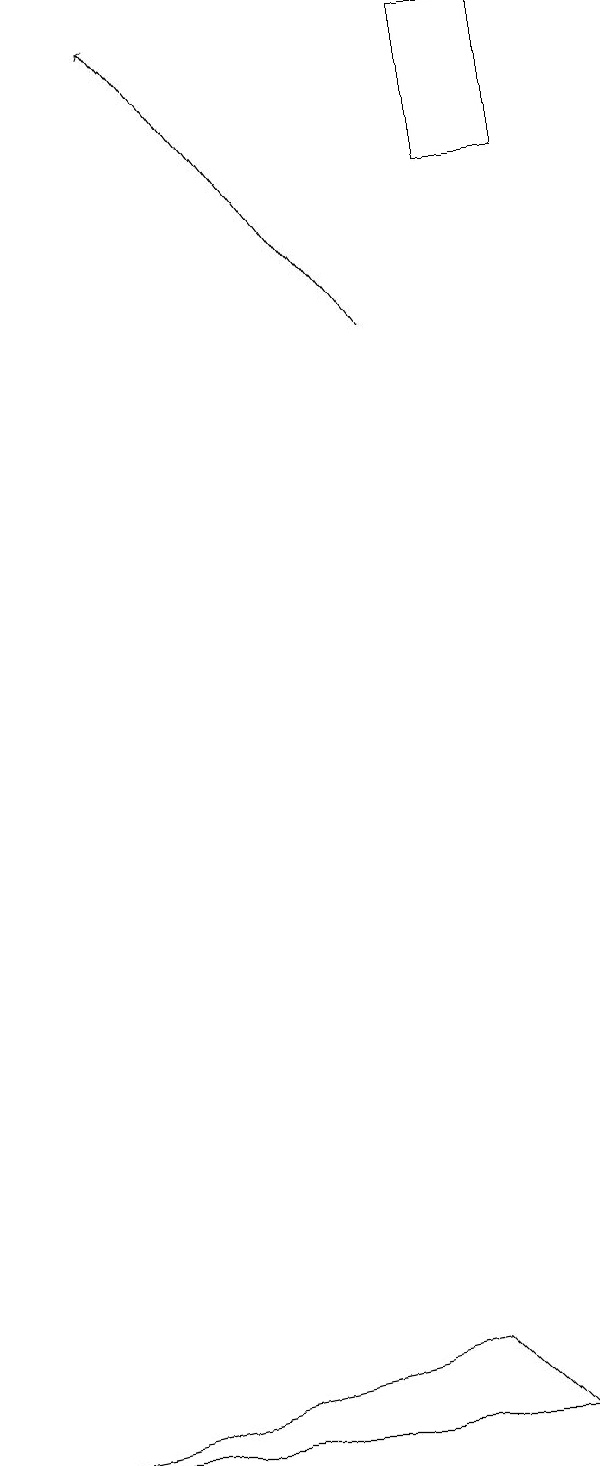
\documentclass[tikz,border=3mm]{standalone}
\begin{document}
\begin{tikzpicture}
\draw (7,16) rectangle (6,18);
\draw[->] (5,14) -- (2,18);
\draw (6,0) -- (0,0) -- (5,1) -- cycle;
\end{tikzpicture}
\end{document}